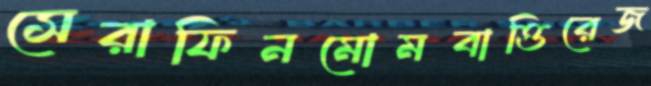
সেরাফিনমোমবাত্তিরেজ